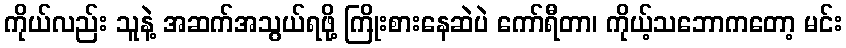
ကိုယ်လည်း သူနဲ့ အဆက်အသွယ်ရဖို့ ကြိုးစားနေဆဲပဲ ကော်ရီတာ၊ ကိုယ့်သဘောကတော့ မင်း